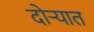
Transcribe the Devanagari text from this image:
दोर्‍यात